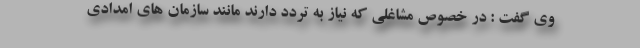
وی گفت : در خصوص مشاغلی که نیاز به تردد دارند مانند سازمان های امدادی